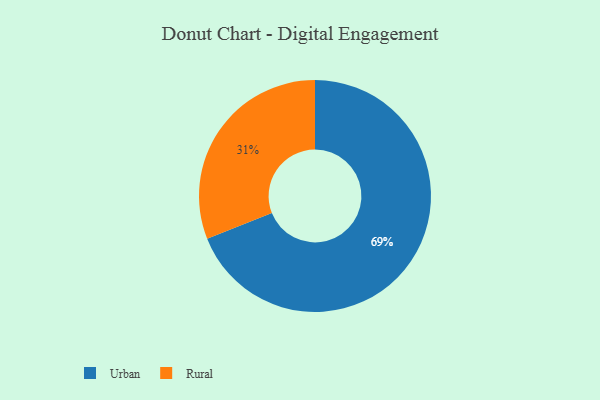
{"axis": {"x": "Category", "y": "Percentage"}, "legend": ["Rural", "Urban"], "data": [{"x": "Urban", "y": 69, "type": "Urban"}, {"x": "Rural", "y": 31, "type": "Rural"}]}